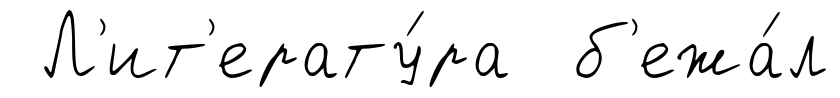
Л'ит'ерату́ра б'ежа́л